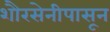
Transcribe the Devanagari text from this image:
शौरसेनीपासून